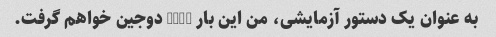
به عنوان یک دستور آزمایشی، من این بار 5000 دوجین خواهم گرفت.